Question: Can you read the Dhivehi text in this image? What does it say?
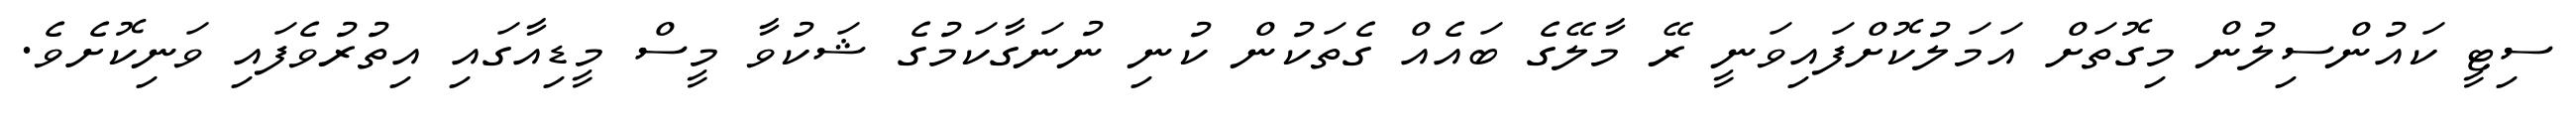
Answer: ސިޓީ ކައުންސިލުން މިގޮތަށް އަމަލުކޮށްފައިވަނީ ރޭ މާލޭގެ ބައެއް ގެތަކުން ކުނި ނުނަގާކަމުގެ ޝަކުވާ މީސް މީޑިއާގައި އިތުރުވެފައި ވަނިކޮށެވެ.